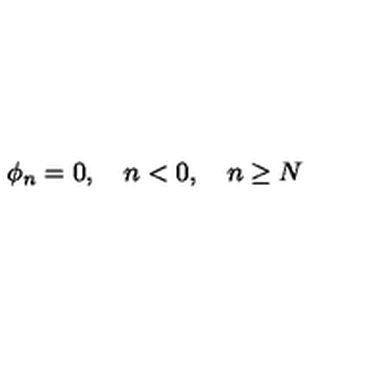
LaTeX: \phi _ { n } = 0 , \quad n < 0 , \quad n \geq N